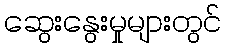
ဆွေးနွေးမှုများတွင်